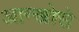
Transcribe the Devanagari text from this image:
आन्खोसे